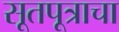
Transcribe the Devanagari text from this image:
सूतपूत्राचा